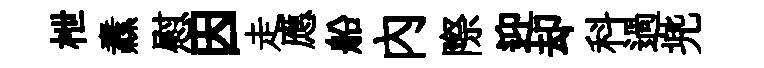
枻纛慰因走應船内際迎却科過兠